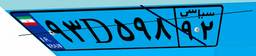
۹۳D۵۹۸۹۲